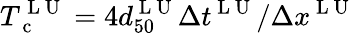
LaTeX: T_{\mathrm{~c~}}^{\mathrm{~L~U~}}=4d_{50}^{\mathrm{~L~U~}}\Delta t^{\mathrm{~L~U~}}/\Delta x^{\mathrm{~L~U~}}